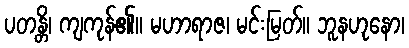
ပတန္တိ၊ ကျကုန်၏။ မဟာရာဇ၊ မင်းမြတ်။ ဘူနဟုနော၊